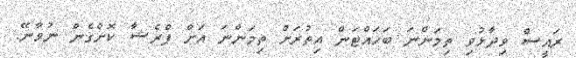
ރައީސް ވިދާޅުވި ތިމަންނަ ބަހައްޓަން އިތުރަށް ތިމަންނަ އަށް ޕްރެޝާ ކޮށްގެން ނުވާނޭ.